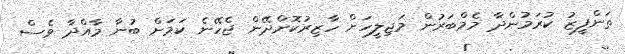
ތަންފީޒު ކުރަމުންދާ މެމްބަރުން މަޖިލީހަށް ހާޒިރުކޮށްދޭން ޖެހޭނެ ކަމަށް ބުނާ މާއްދާ ވެސް